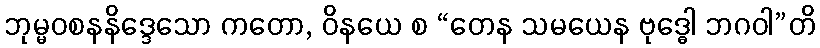
ဘုမ္မဝစနနိဒ္ဒေသော ကတော, ဝိနယေ စ “တေန သမယေန ဗုဒ္ဓေါ ဘဂဝါ”တိ